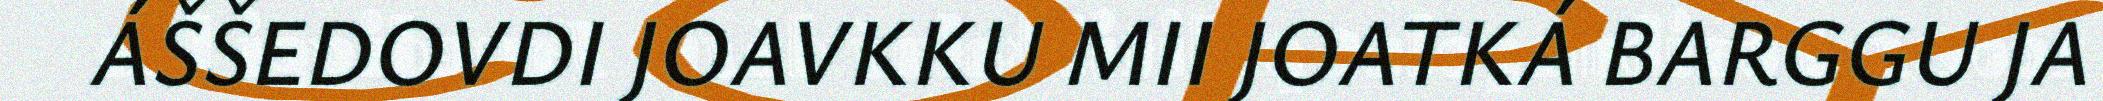
ÁŠŠEDOVDI JOAVKKU MII JOATKÁ BARGGU JA